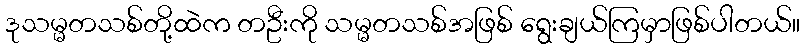
ဒုသမ္မတသစ်တို့ထဲက တဦးကို သမ္မတသစ်အဖြစ် ရွေးချယ်ကြမှာဖြစ်ပါတယ်။